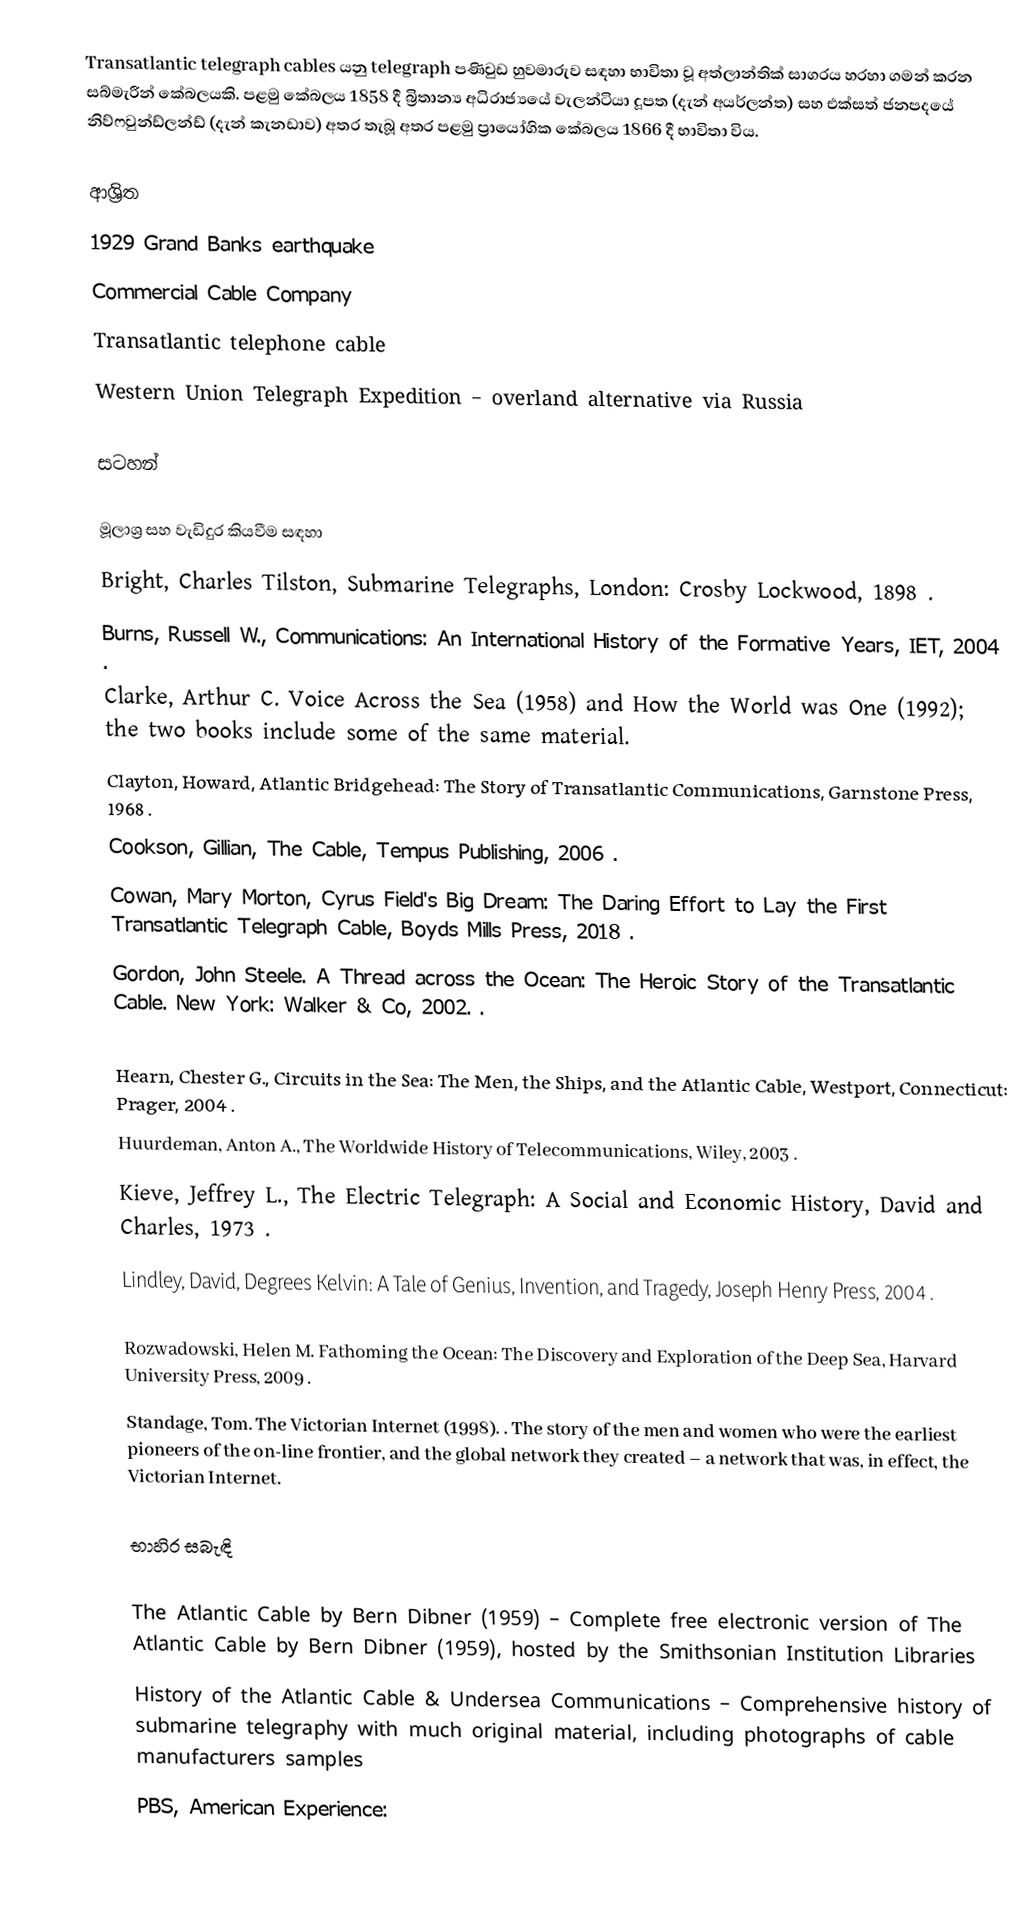
Transatlantic telegraph cables යනු telegraph පණිවුඩ හුවමාරුව සඳහා භාවිතා වූ අත්ලාන්තික් සාගරය හරහා ගමන් කරන සබ්මැරීන් කේබලයකි. පළමු කේබලය 1858 දී බ්‍රිතාන්‍ය අධිරාජ්‍යයේ වැලන්ටියා දූපත (දැන් අයර්ලන්ත) සහ එක්සත් ජනපදයේ නිව්ෆවුන්ඩ්ලන්ඩ් (දැන් කැනඩාව) අතර තැබූ අතර පළමු ප්‍රායෝගික කේබලය 1866 දී භාවිතා විය.

ආශ්‍රිත
 1929 Grand Banks earthquake
 Commercial Cable Company
 Transatlantic telephone cable
 Western Union Telegraph Expedition – overland alternative via Russia

සටහන්

මූලාශ්‍ර සහ වැඩිදුර කියවීම සඳහා
 Bright, Charles Tilston, Submarine Telegraphs, London: Crosby Lockwood, 1898 .
 Burns, Russell W., Communications: An International History of the Formative Years, IET, 2004 .
 Clarke, Arthur C. Voice Across the Sea (1958) and How the World was One (1992); the two books include some of the same material.
 Clayton, Howard, Atlantic Bridgehead: The Story of Transatlantic Communications, Garnstone Press, 1968 .
 Cookson, Gillian, The Cable, Tempus Publishing, 2006 .
 Cowan, Mary Morton, Cyrus Field's Big Dream: The Daring Effort to Lay the First Transatlantic Telegraph Cable, Boyds Mills Press, 2018 .
 Gordon, John Steele. A Thread across the Ocean: The Heroic Story of the Transatlantic Cable. New York: Walker & Co, 2002. .

 Hearn, Chester G., Circuits in the Sea: The Men, the Ships, and the Atlantic Cable, Westport, Connecticut: Prager, 2004 .
 Huurdeman, Anton A., The Worldwide History of Telecommunications, Wiley, 2003 .
 Kieve, Jeffrey L., The Electric Telegraph: A Social and Economic History, David and Charles, 1973 .
 Lindley, David, Degrees Kelvin: A Tale of Genius, Invention, and Tragedy, Joseph Henry Press, 2004 .

 Rozwadowski, Helen M. Fathoming the Ocean: The Discovery and Exploration of the Deep Sea, Harvard University Press, 2009 .
 Standage, Tom. The Victorian Internet (1998). . The story of the men and women who were the earliest pioneers of the on-line frontier, and the global network they created – a network that was, in effect, the Victorian Internet.

භාහිර සබැඳි

The Atlantic Cable by Bern Dibner (1959) – Complete free electronic version of The Atlantic Cable by Bern Dibner (1959), hosted by the Smithsonian Institution Libraries
History of the Atlantic Cable & Undersea Communications – Comprehensive history of submarine telegraphy with much original material, including photographs of cable manufacturers samples
PBS, American Experience: